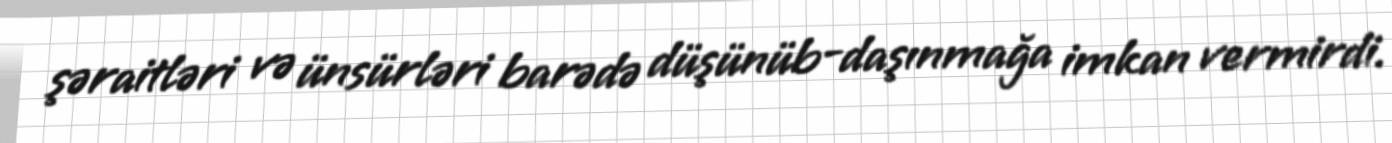
şəraitləri və ünsürləri barədə düşünüb-daşınmağa imkan vermirdi.